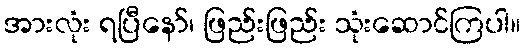
အားလုံး ရပြီနော်၊ ဖြည်းဖြည်း သုံးဆောင်ကြပါ။